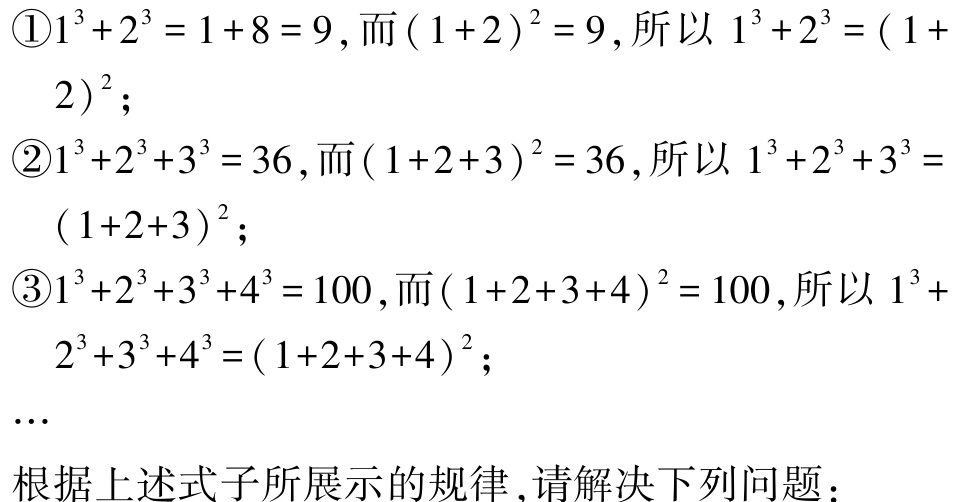
\textcircled{1}\(1^{3}+2^{3}=1 + 8 = 9\), 而\((1 + 2)^{2}=9\), 所以 \(1^{3}+2^{3}=(1 + 2)^{2}\);
\textcircled{2}\(1^{3}+2^{3}+3^{3}=36\), 而\((1 + 2+3)^{2}=36\), 所以 \(1^{3}+2^{3}+3^{3}=(1 + 2+3)^{2}\);
\textcircled{3}\(1^{3}+2^{3}+3^{3}+4^{3}=100\), 而\((1 + 2+3+4)^{2}=100\), 所以 \(1^{3}+2^{3}+3^{3}+4^{3}=(1 + 2+3+4)^{2}\);
…
根据上述式子所展示的规律, 请解决下列问题：